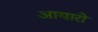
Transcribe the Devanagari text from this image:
आयारो